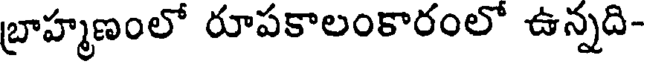
బ్రాహ్మణంలో రూపకాలంకారంలో ఉన్నది-